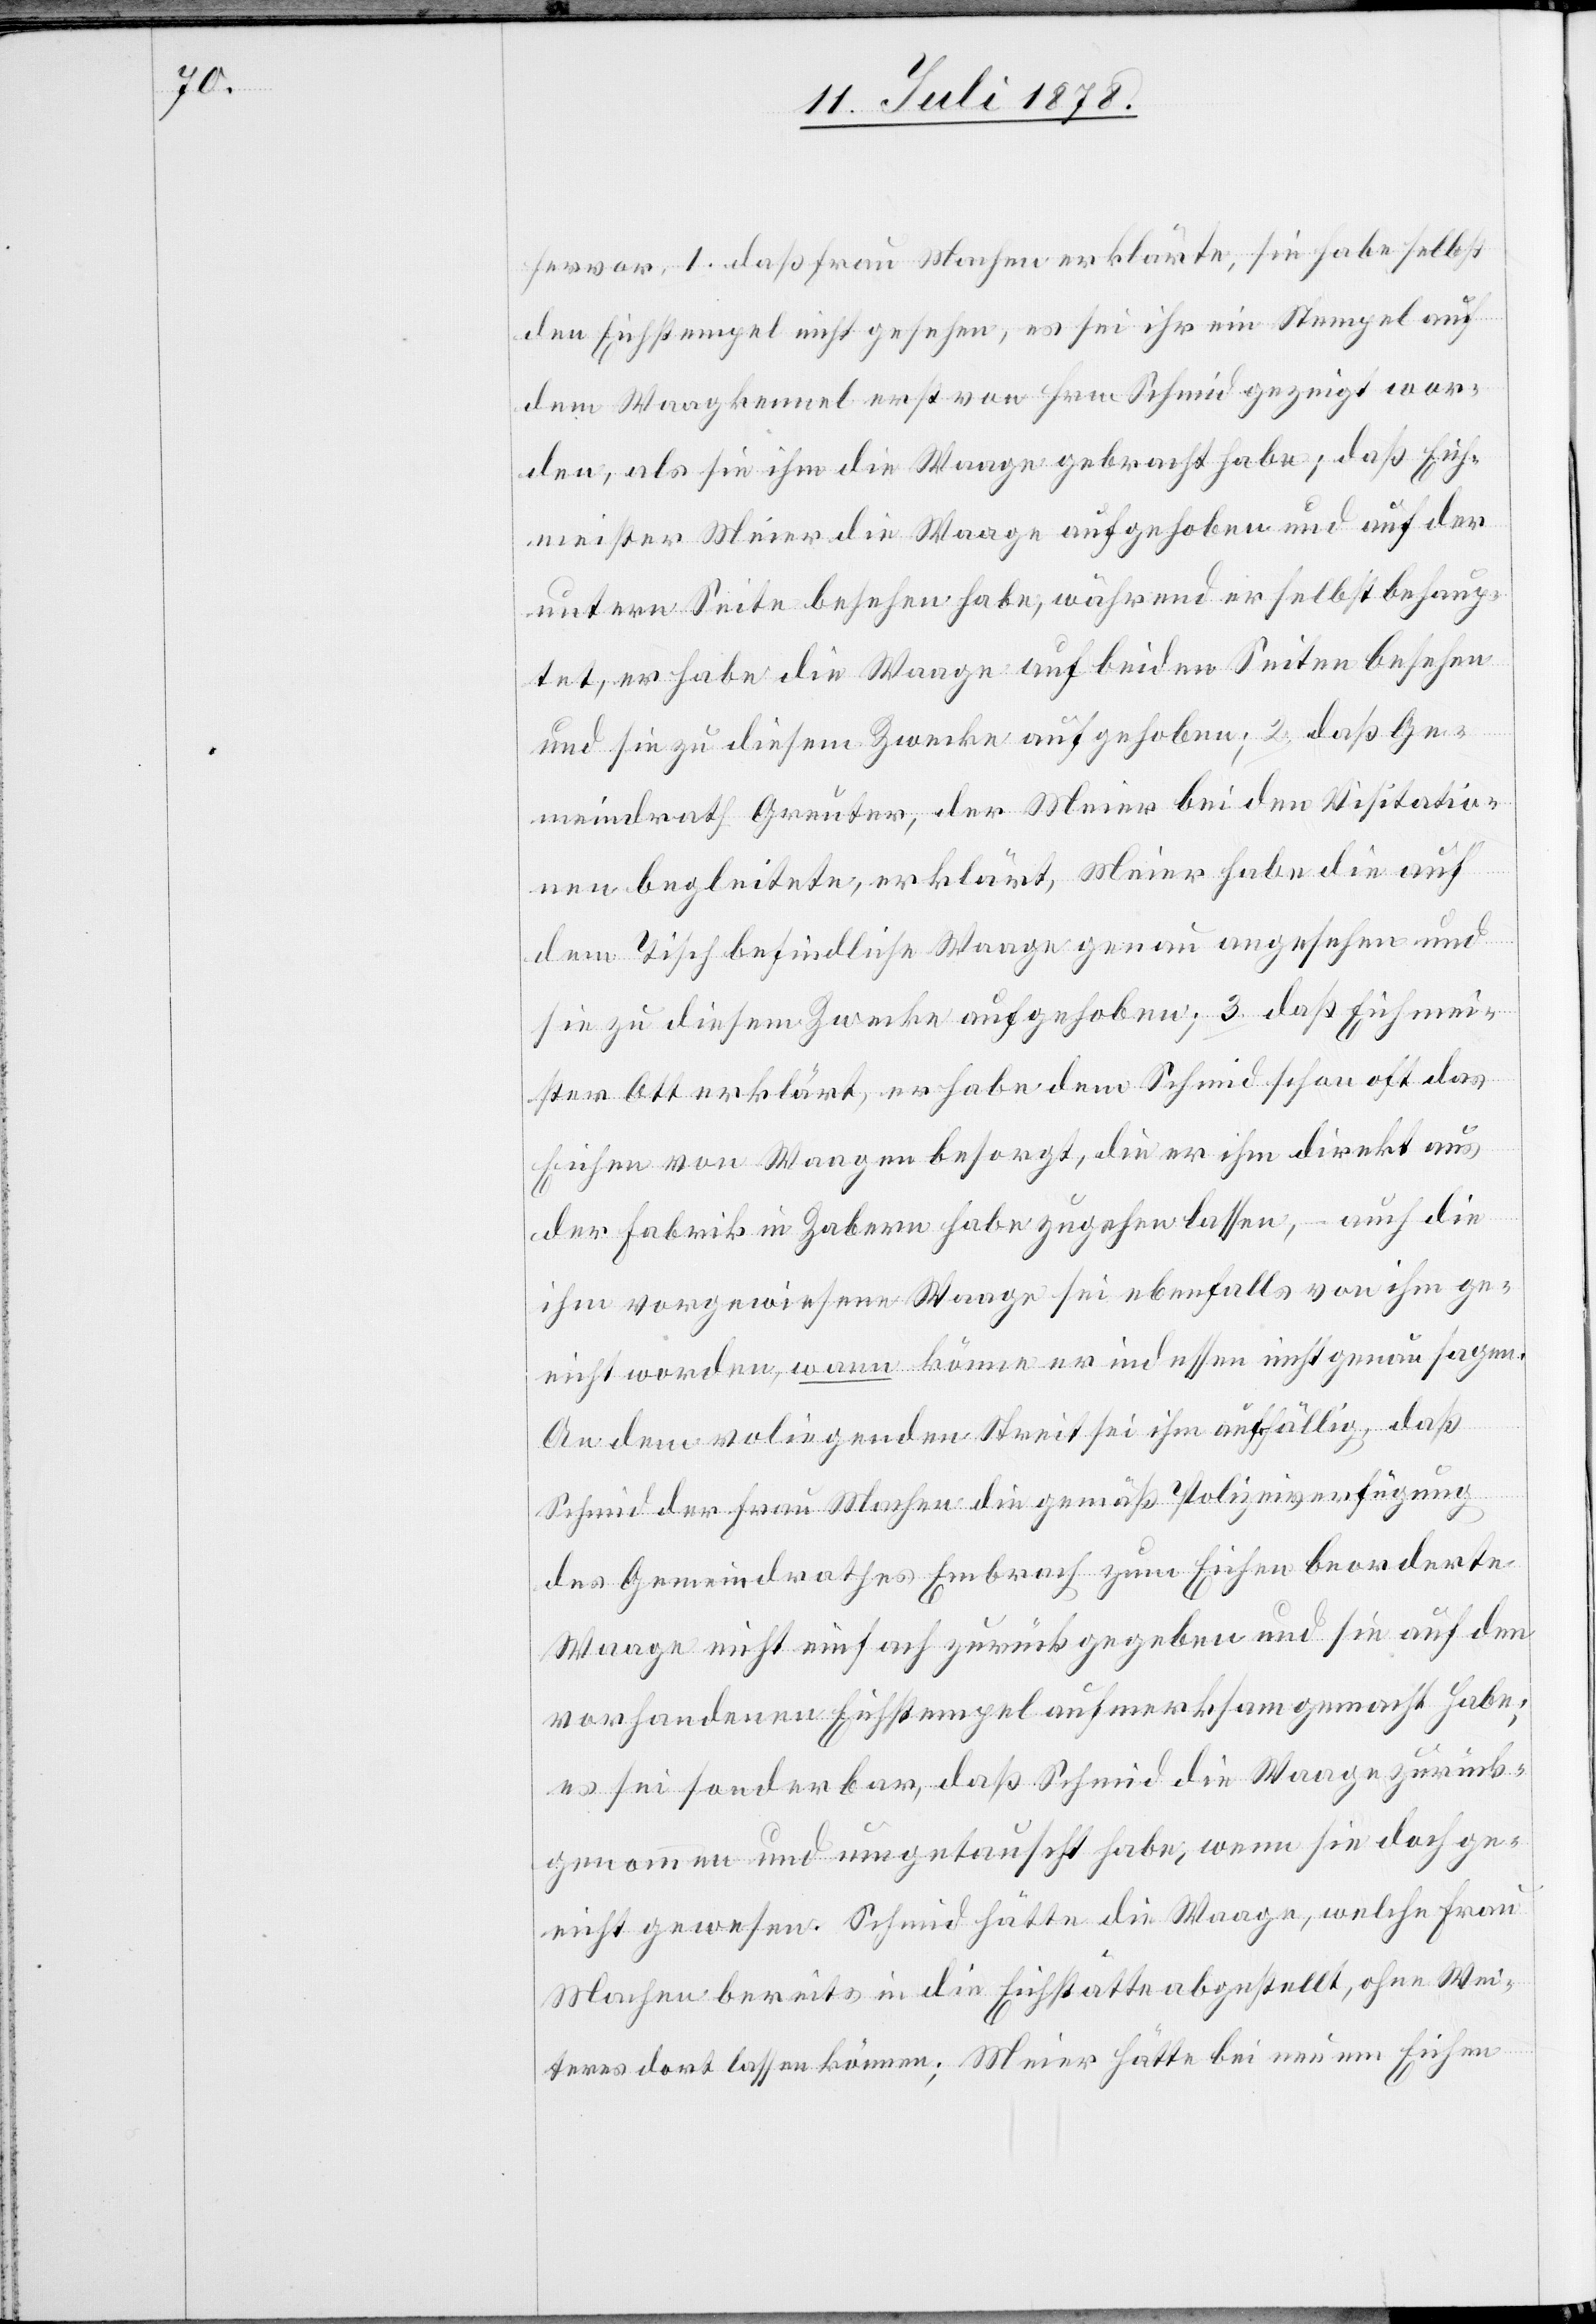
3.

hervor, 1. daß Frau Machen erklärte, sie habe selbst
den Eichstempel nicht gesehen, es sei ihr ein Stempel auf
dem Waagkennel erst von Hrn. Schmid gezeigt wor¬
den, als sie ihm die Waage gebracht habe; daß Eich¬
meister Meier die Waage aufgehoben und auf der
untern Seite besehen habe, während er selbst behaup¬
tet, er habe die Waage auf beiden Seiten besehen
Eichmei¬
und sie zu diesem Zwecke aufgehoben; 2. daß Ge¬
meindrath Greuter, der Meier bei den Visitatio¬
nen begleitete, erklärt, Meier habe die auf
dem Tisch befindliche Waage genau angesehen und
ster Ott erklärt, er habe dem Schmid schon oft das
Eichen von Wangen besorgt, die er ihm direkt aus
der Fabrik in Zabern habe zugehen lassen, – auch die
ihm vorgewiesene Waage sei ebenfalls von ihm ge¬
eicht worden, wann könne er indessen nicht genau sagen.
An dem vo[r]liegenden Streit sei ihm auffällig, daß
Schmid der Frau Machen die gemäß Polizeiverfügung
des Gemeindrathes Embrach zum Eichen beorderte
Waage nicht einfach zurückgegeben und sie auf den
vorhandenen Eichstempel aufmerksam gemacht habe;
es sei sonderbar, daß Schmid die Waage zurück¬
genommen und umgetauscht habe, wenn sie doch ge¬
eicht gewesen. Schmid hätte die Waage, welche Frau
Machen bereits in die Eichstätte abgestellt, ohne Wei¬
teres dort lassen können; Meier hätte bei neuem Eichen